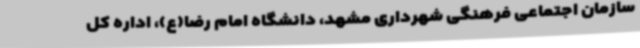
سازمان اجتماعی فرهنگی شهرداری مشهد، دانشگاه امام رضا(ع)، اداره کل